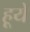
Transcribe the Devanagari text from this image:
हूये